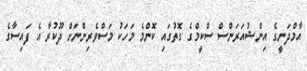
އާމްދަނީގެ އިންޝުއަރަންސް ސްކީމްގެ ގޮތުގައި ކޮންމެ މަހަކު މަސްވެރިންނަށް ދޫކުރާ އެ ފައިސާގެ